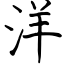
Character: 洋